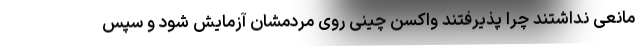
مانعی نداشتند چرا پذیرفتند واکسن چینی روی مردمشان آزمایش شود و سپس